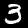
Label: 3